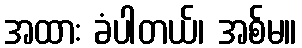
အထား ခံပါတယ်၊ အစ်မ။